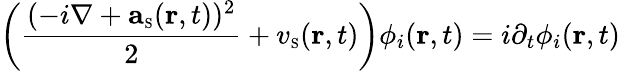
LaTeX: \left(\frac{(-i\nabla+{\mathbf a}_{\scriptscriptstyle\mathrm{S}}({\mathbf r},t))^{2}}{2}+v_{\scriptscriptstyle\mathrm{S}}({\mathbf r},t)\right)\phi_{i}({\mathbf r},t)=i\partial_{t}{\phi_{i}({\mathbf r},t)}